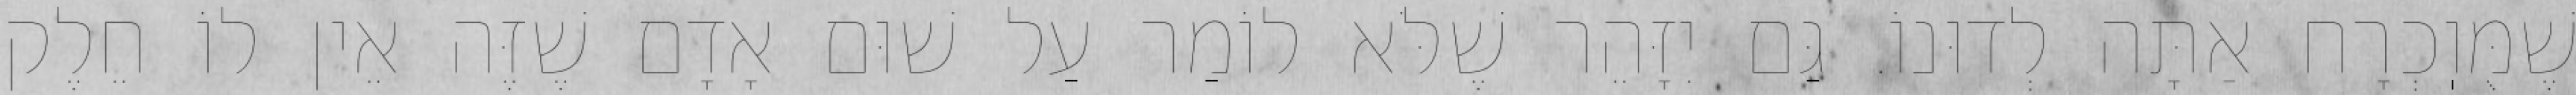
שֶׁמֻּוֽכְרָח אַתָּה לְדוּנוֹ. גַּם יִזָּהֵר שֶׁלֹּא לוֹמַר עַל שׁוּם אָדָם שֶׁזֶּה אֵין לוֹ חֵלֶק